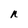
Character: n